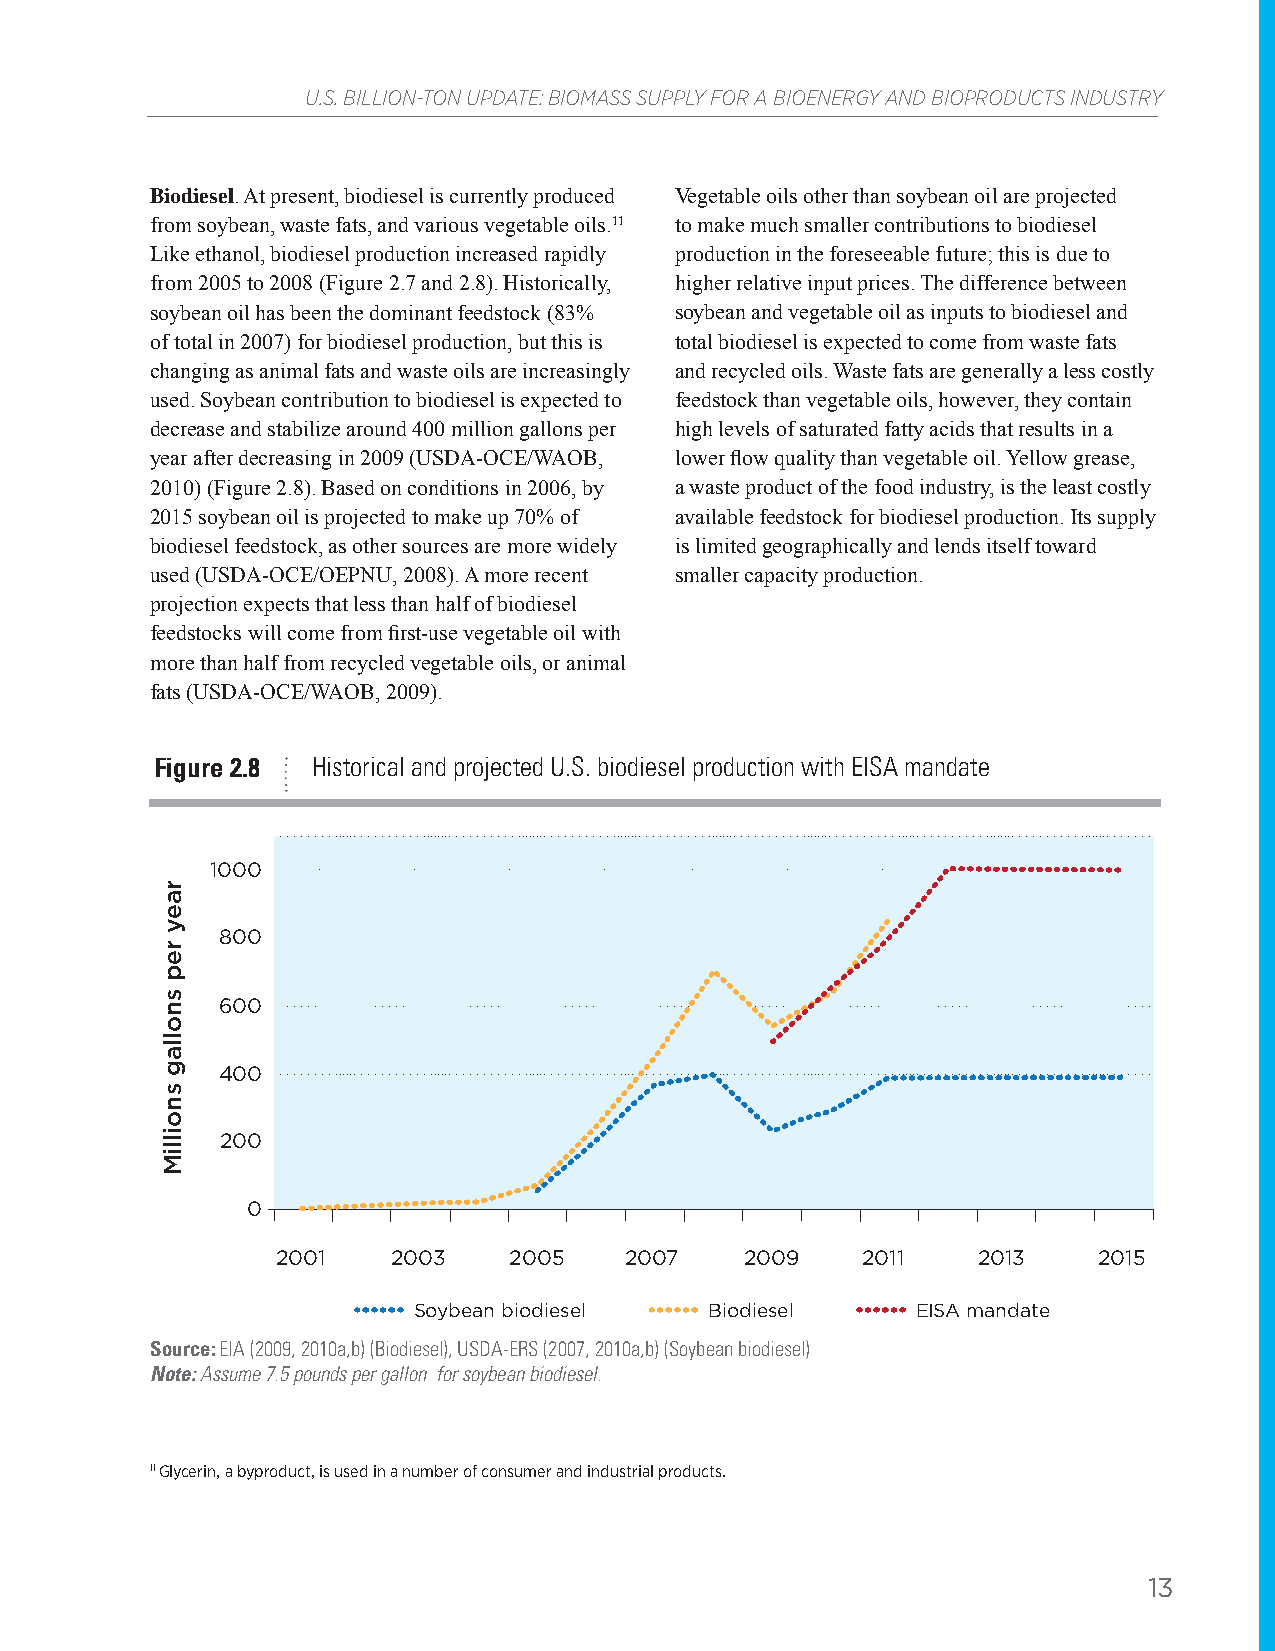
U.S. BILLION-TON UPDATE: BIOMASS SUPPLY FOR A BIOENERGY AND BIOPRODUCTS INDUSTRY
 Biodiesel. At present, biodiesel is currently produced Vegetable oils other than soybean oil are projected
 from soybean, waste fats, and various vegetable oils.11 to make much smaller contributions to biodiesel
 Like ethanol, biodiesel production increased rapidly production in the foreseeable future; this is due to
 from 2005 to 2008 (Figure 2.7 and 2.8). Historically, higher relative input prices. The difference between
 soybean oil has been the dominant feedstock (83% soybean and vegetable oil as inputs to biodiesel and
 of total in 2007) for biodiesel production, but this is total biodiesel is expected to come from waste fats
 changing as animal fats and waste oils are increasingly and recycled oils. Waste fats are generally a less costly
 used. Soybean contribution to biodiesel is expected to feedstock than vegetable oils, however, they contain
 decrease and stabilize around 400 million gallons per high levels of saturated fatty acids that results in a
 year after decreasing in 2009 (USDA-OCE/WAOB, lower flow quality than vegetable oil. Yellow grease,
 2010) (Figure 2.8). Based on conditions in 2006, by a waste product of the food industry, is the least costly
 2015 soybean oil is projected to make up 70% of available feedstock for biodiesel production. Its supply
 biodiesel feedstock, as other sources are more widely is limited geographically and lends itself toward
 used (USDA-OCE/OEPNU, 2008). A more recent smaller capacity production.
 projection expects that less than half of biodiesel
 feedstocks will come from first-use vegetable oil with
 more than half from recycled vegetable oils, or animal
 fats (USDA-OCE/WAOB, 2009).
 Figure 2.8 Historical and projected U.S. biodiesel production with EISA mandate
 1000
 800
 600
 400
 200
 0
 2001    2003    2005   2007    2009    2011    2013    2015
 Soybean biodiesel   Biodiesel     EISA mandate
 Source: EIA (2009, 2010a,b) (Biodiesel), USDA-ERS (2007, 2010a,b) (Soybean biodiesel)
 Note: Assume 7.5 pounds per gallon for soybean biodiesel.
 11 Glycerin, a byproduct, is used in a number of consumer and industrial products.
 13
 raey
 rep
 snollag
 snoilliM